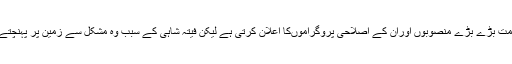
حکومت بڑے بڑے منصوبوں اوران کے اصلاحی پروگراموںکا اعلان کرتی ہے لیکن فیتہ شاہی کے سبب وہ مشکل سے زمین پر پہنچتے ہیں۔